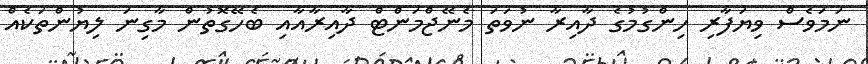
ނަމަވެސް ވިޔަފާރި ހިންގުމުގެ ދާއިރާ ނުވަތަ މެނޭޖްމަންޓް ދާއިރާއާއި ބެހޭގޮތުން މާގިނަ ލިޔުންތަކެއް